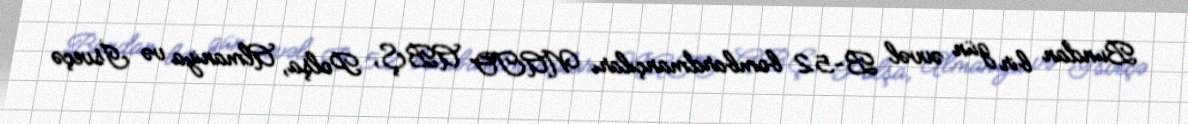
Bundan bir gün əvvəl B-52 bombardmançıları NATO ABŞ, Polşa, Almaniya və İsveçə